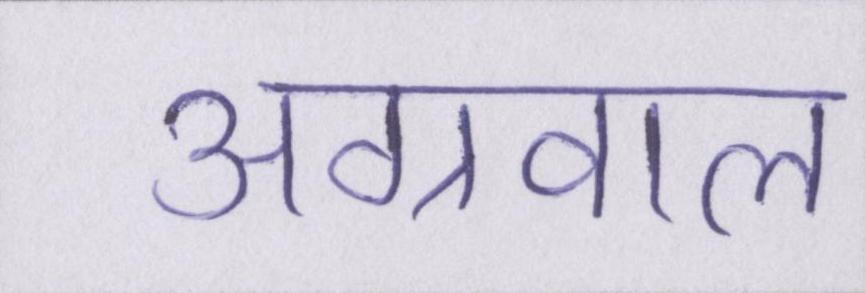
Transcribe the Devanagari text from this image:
अग्रवाल